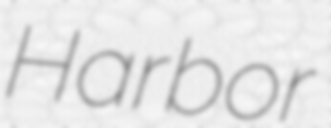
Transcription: Harbor